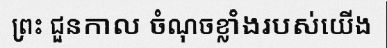
ព្រះ ជួនកាល ចំណុចខ្លាំងរបស់យើង